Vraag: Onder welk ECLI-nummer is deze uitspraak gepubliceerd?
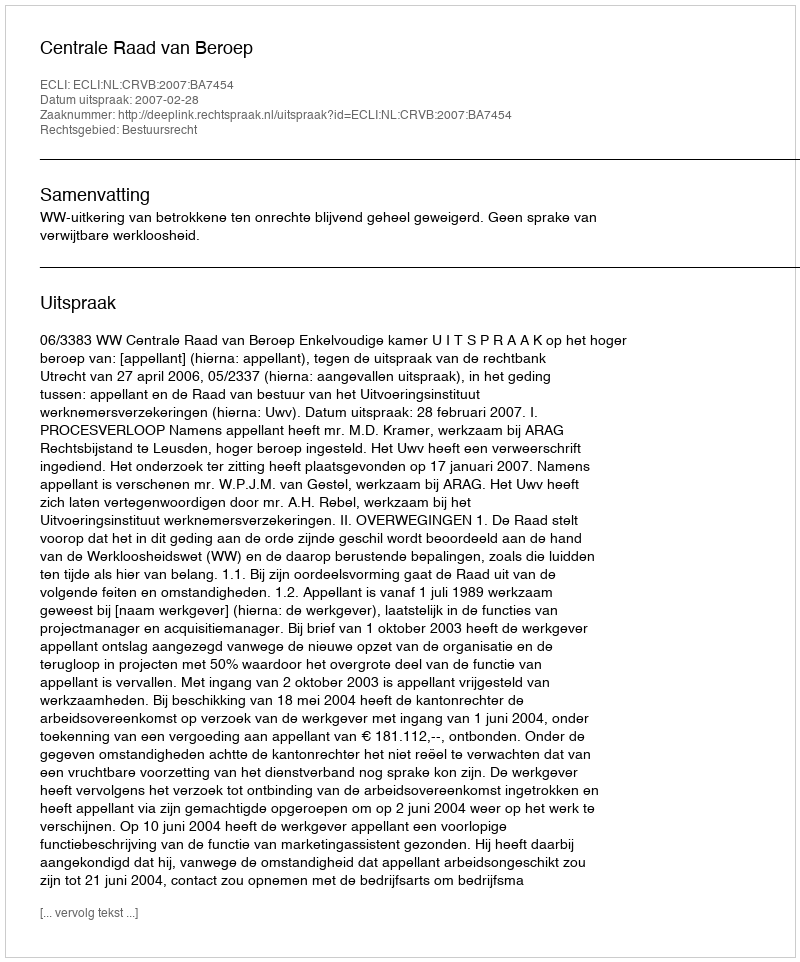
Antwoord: ECLI:NL:CRVB:2007:BA7454